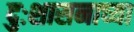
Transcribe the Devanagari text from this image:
दुःशासनाच्या